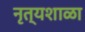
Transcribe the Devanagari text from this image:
नृत्यशाळा